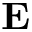
\mathbf { E }